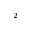
^ 2